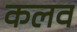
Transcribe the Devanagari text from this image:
कलव